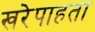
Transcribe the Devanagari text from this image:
खरेपाहता